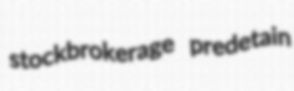
stockbrokerage predetain